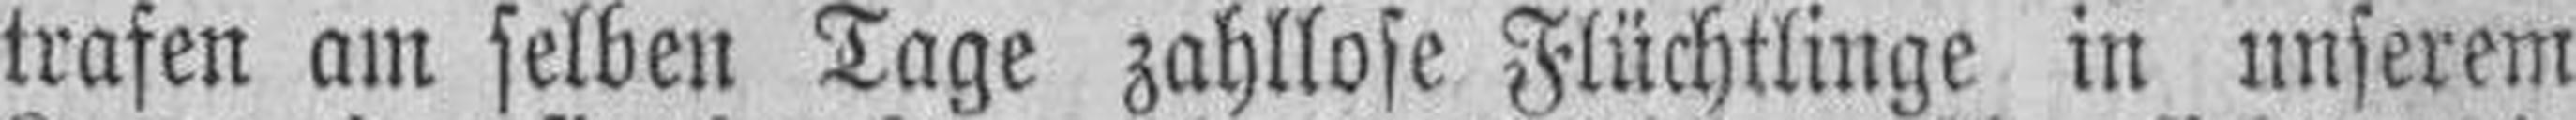
trafen am selben Tage zahllose Flüchtlinge in unserem